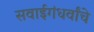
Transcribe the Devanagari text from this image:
सवाईगंधर्वांचे